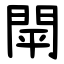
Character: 閛